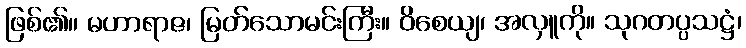
ဖြစ်၏။ မဟာရာဇ၊ မြတ်သောမင်းကြီး။ ဝိစေယျ၊ အလှူကို။ သုဂတပ္ပသဋ္ဌံ၊